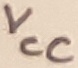
Text: VCC